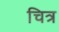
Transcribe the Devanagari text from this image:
चित्र